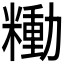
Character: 𰫍